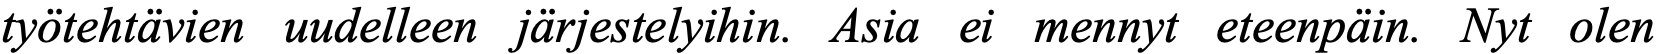
työtehtävien uudelleen järjestelyihin. Asia ei mennyt eteenpäin. Nyt olen